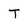
Character: T